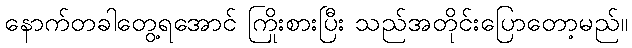
နောက်တခါတွေ့ရအောင် ကြိုးစားပြီး သည်အတိုင်းပြောတော့မည်။